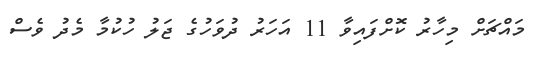
މައްޗަށް މިހާރު ކޮށްފައިވާ 11 އަހަރު ދުވަހުގެ ޖަލު ހުކުމާ މެދު ވެސް